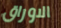
الاوراق